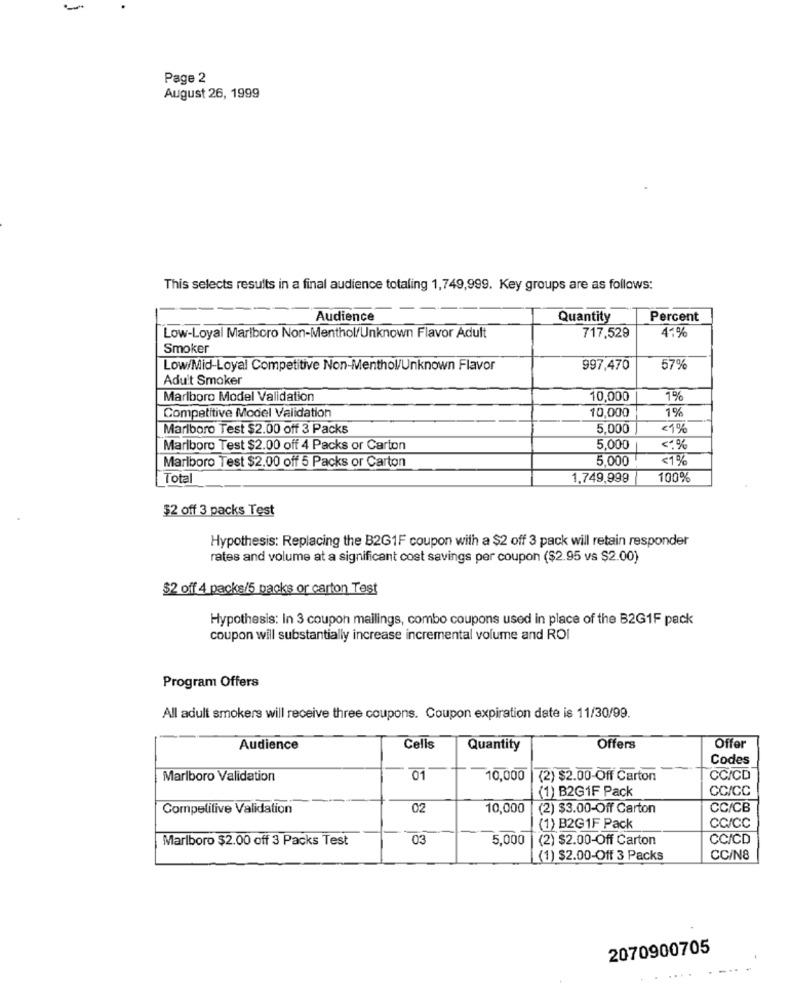
Page 2
August 26, 1999
This selects results in a final audience totaling 1,749,999. Key groups are as follows:
Audience
Quantity
Percent
41%
Low-Loyal Marlboro Non-Menthol/Unknown Flavor Adult
717,529
Smoker
Low/Mid-Loyal Competitive Non-Menthol/Unknown Flavor
997,470
57%
Adult Smoker
Marlboro Model Validation
10,000
1%
10,000
1%
Competitive Model Validation
Marlboro Test $2.00 off 3 Packs
5,000
<1%
Marlboro Test $2.00 off 4 Packs or Carton
5,000
<1%
Marlboro Test $2.00 off 5 Packs or Carton
5.000
<1%
Total
1.749,999
100%
$2 off 3 packs Test
Hypothesis: Replacing the B2G1F coupon with a $2 off 3 pack will retain responder
rates and volume at a significant cost savings per coupon ($2.95 vs $2.00)
$2 off 4 packs/5 packs or carton Test
Hypothesis: In 3 coupon mailings, combo coupons used in place of the B2G1F pack
coupon will substantially increase incremental volume and ROI
Program Offers
All adult smokers will receive three coupons. Coupon expiration date is 11/30/99.
Audience
Cells
Quantity
Offers
Offer
Codes
Marlboro Validation
01
10,000
(2) $2.00-Off Carton
CC/CD
(1) B2G1F Pack
CC/CC
Competitive Validation
02
10,000
(2) $3.00-Off Carton
CC/CB
CC/CC
(1) B2G1F Pack
Marlboro $2.00 off 3 Packs Test
03
5,000
(2) $2.00-Off Carton
CC/CD
(1) $2.00-Off 3 Packs
CC/N8
2070900705